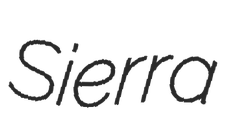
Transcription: Sierra